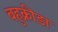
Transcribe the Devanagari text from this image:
बहुक्रीडा